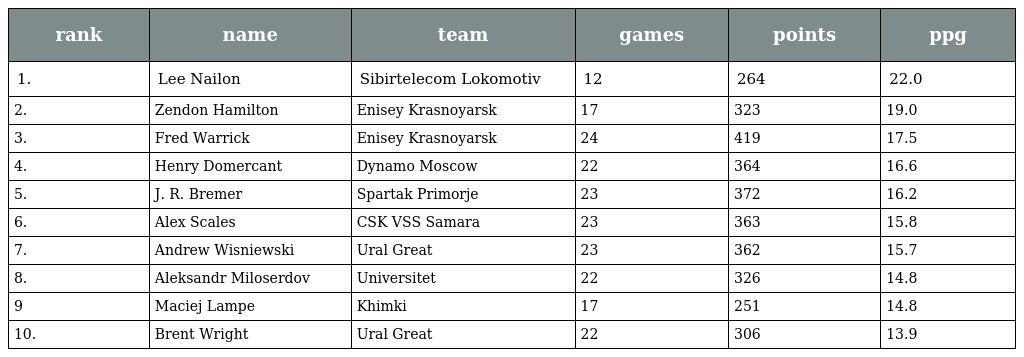
| rank | name | team | games | points | ppg |
 | --- | --- | --- | --- | --- | --- |
 | 1. | Lee Nailon | Sibirtelecom Lokomotiv | 12 | 264 | 22.0 |
 | 2. | Zendon Hamilton | Enisey Krasnoyarsk | 17 | 323 | 19.0 |
 | 3. | Fred Warrick | Enisey Krasnoyarsk | 24 | 419 | 17.5 |
 | 4. | Henry Domercant | Dynamo Moscow | 22 | 364 | 16.6 |
 | 5. | J. R. Bremer | Spartak Primorje | 23 | 372 | 16.2 |
 | 6. | Alex Scales | CSK VSS Samara | 23 | 363 | 15.8 |
 | 7. | Andrew Wisniewski | Ural Great | 23 | 362 | 15.7 |
 | 8. | Aleksandr Miloserdov | Universitet | 22 | 326 | 14.8 |
 | 9 | Maciej Lampe | Khimki | 17 | 251 | 14.8 |
 | 10. | Brent Wright | Ural Great | 22 | 306 | 13.9 |